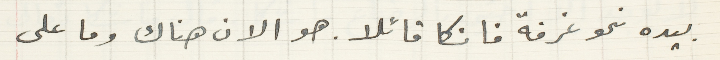
بيده نحو غرفة فانكا قائلا .هو الان هناك وما على